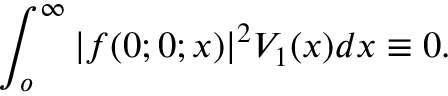
\int _ { o } ^ { \infty } | f ( 0 ; 0 ; x ) | ^ { 2 } V _ { 1 } ( x ) d x \equiv 0 .